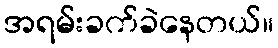
အရမ်းခက်ခဲနေတယ်။